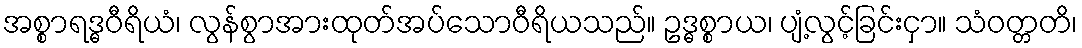
အစ္စာရဒ္ဓဝီရိယံ၊ လွန်စွာအားထုတ်အပ်သောဝီရိယသည်။ ဥဒ္ဓစ္စာယ၊ ပျံ့လွင့်ခြင်းငှာ။ သံဝတ္တတိ၊